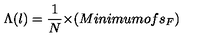
{ \Lambda } ( l ) = \frac { 1 } { N } { \times } ( M i n i m u m o f s _ { F } )